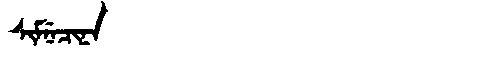
Manchu: ᠰᡳᠮᠨᡝᠴᡳᠨᠠ
Romanization: SIMNECINA